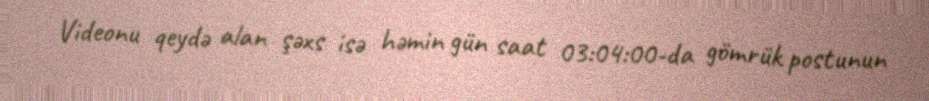
Videonu qeydə alan şəxs isə həmin gün saat 03:04:00-da gömrük postunun